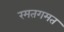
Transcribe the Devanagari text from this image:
रमतगमत